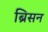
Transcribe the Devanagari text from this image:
ब्रिसन